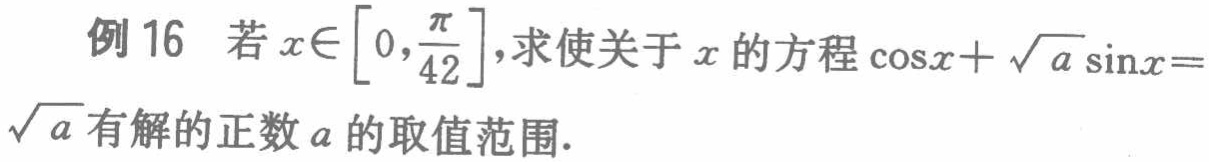
例16 若\(x\in\left[0,\frac{\pi}{42}\right]\)，求使关于\(x\)的方程\(\cos x+\sqrt{a}\sin x = \sqrt{a}\)有解的正数\(a\)的取值范围.